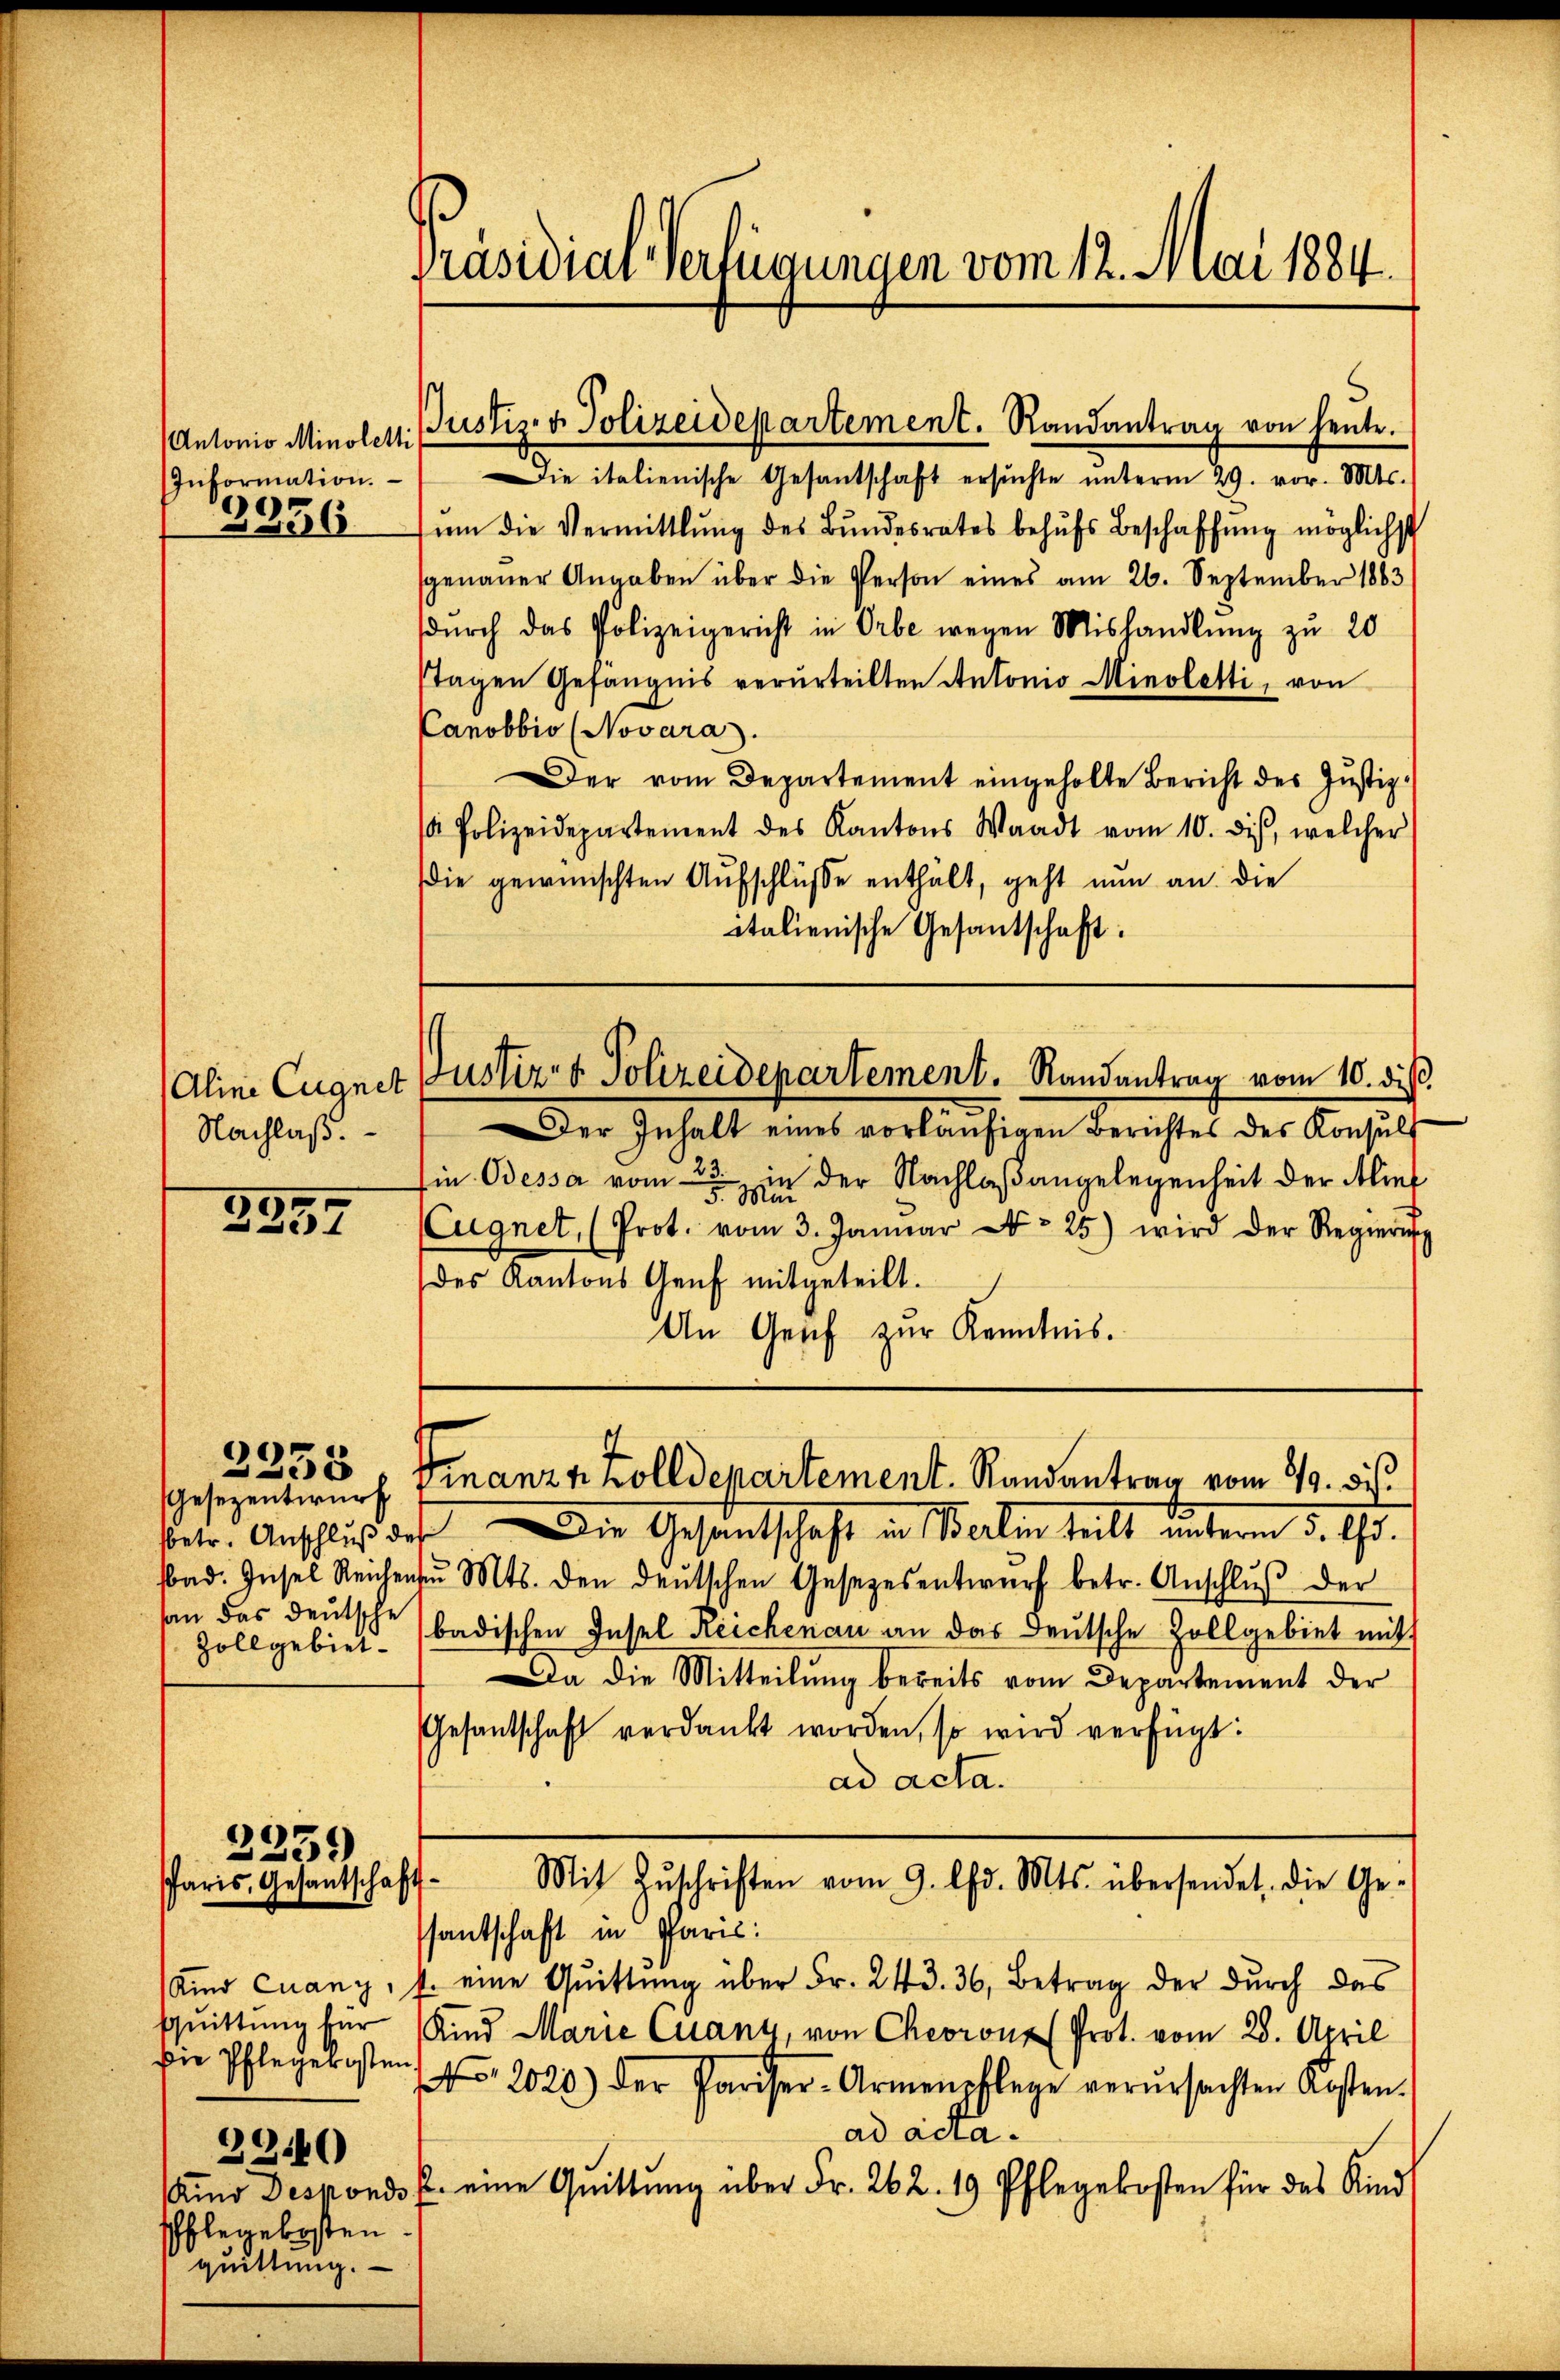
Information.
3956

Nachlaß.

3259

fbetr. Anschluß d
bbad. Insel Reicher
san das deutsche
Zollgebiet

00
e

2259)
Paris, Gesantschafts¬

Aid Cuany
squittung für
Die Pflegekosten.
2240
spflegekosten.
quittung.

Präsidial-Verfügungen vom 12. Mai 184.

(Antonio Minolett. Justiz- & Polizeidepartement. Randantrag von heute.
ie italienische Gesantschaft ersŭchte ŭnterm 29. vor. Mts.
ŭm die Vermittlung des Bundesrates behŭfs Beschaffŭng möglichst
sgenaŭer Angaben über die Person eines am 26. September 1883
dŭrch das Polizeigericht in Orbe wegen Mishandlŭng zu 20
stagen Gefängnis verurteilten Antonio Minoletti, von
Canobbio (Novara.
Der vom Departement eingeholte Bericht des Justiz-
 Polizeidepartement des Kantons Waadt vom 10. dis, welcher
die gewünschten Aufschlüsse enthält, geht nun an die
italienische Gesandtschaft.

Aline Eugnet Justiz- & Polizeidepartement. Randantrag vom 10. dieß

Gesezentwurf Finanzz Zolldepartement. Randantrag vom 10. dis

.
Der Inhalt eines vorläufigen Berichtes des Konsult
in Odessa vom 23. in der Nachlaßangelegenheit der Alief
Eugnet, (Prot. vom 3. Januar No 25) wird der Regierung
des Kantons Genf mitgeteilt.
An Genf zur Kenntnis.

Die Gesantschaft in Berlin teilt unterm 5. Chr.
ih Mts. den deŭtschen Gesetzesentwŭrf betr. Anschlŭβ der
badischen Insel Reichenau an das Deutsche Zollgebiet mit
Da die Mitteilung bereits vom Departement der
Gesantschaft verdankt worden, so wird verfügt:
ad acta.
Mit Zŭschriften vom 9. Chr. Mts. übersendet, die Ge-
santschaft in Paris
f. eine Quittung über Fr. 243. 36, Betrag der durch das
Kind Marie Quany, von Chevrone (Prot. vom 28. April
 2020) der Pariser-Armenpflege verŭrsachten Kosten.
ad acta.
Amo Desponds f. eine Quittŭng über Fr. 262. 19 Pflegekosten für das Kind